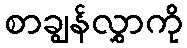
စာချွန်လွှာကို